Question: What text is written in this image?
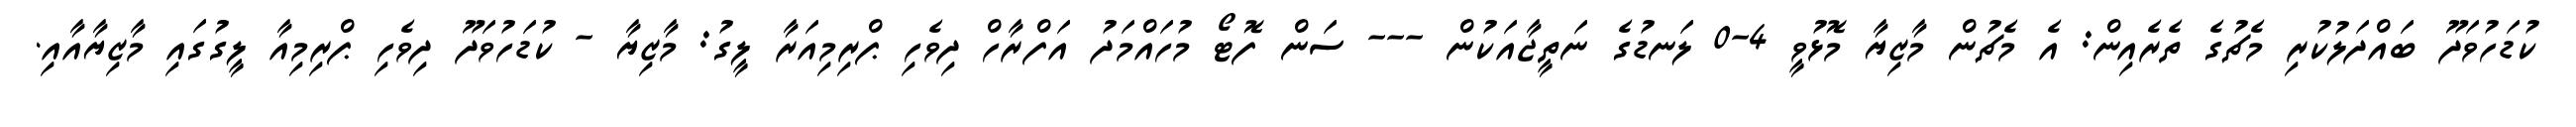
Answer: ކުޑަހުވަދޫ ބައްދަލުކުރި މެޗުގެ ތެރެއިން: އެ މެޗުން މާޒިޔާ މޮޅުވީ 4-0 ލަނޑުގެ ނަތީޖާއަކުން --- ސަން ފޮޓޯ މުހައްމަދު އަފްރާހް ދިވެހި ޕްރިމިއަރާ ލީގު: މާޒިޔާ - ކުޑަހުވަދޫ ދިވެހި ޕްރިމިއާ ލީގުގައި މާޒިޔާއާއި.